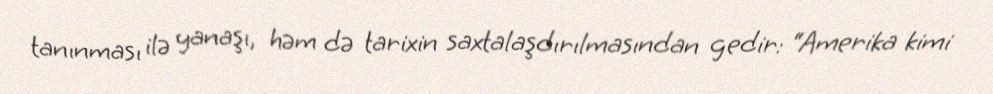
tanınması ilə yanaşı, həm də tarixin saxtalaşdırılmasından gedir: “Amerika kimi